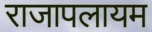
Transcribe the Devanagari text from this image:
राजापलायम